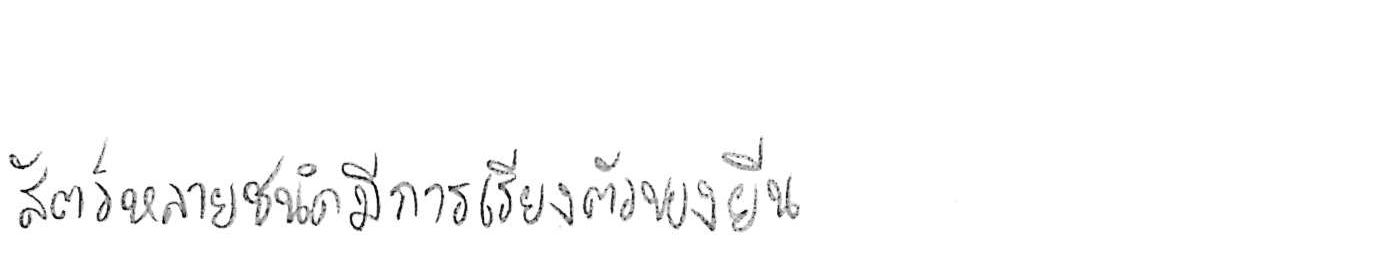
สัตว์หลายชนิดมีการเรียงตัวของยีน